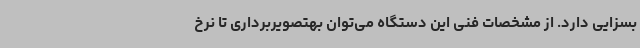
بسزایی دارد. از مشخصات فنی این دستگاه می‌توان بهتصویربرداری تا نرخ